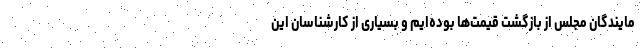
مایندگان مجلس از بازگشت قیمت‌ها بوده‌ایم و بسیاری از کارشناسان این